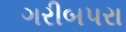
ગરીબપરા